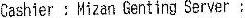
CASHIER : MIZAN GENTING SERVER :